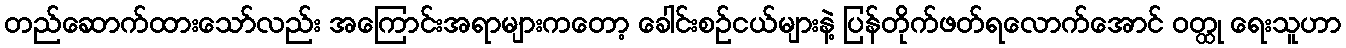
တည်ဆောက်ထားသော်လည်း အကြောင်းအရာများကတော့ ခေါင်းစဉ်ငယ်များနဲ့ ပြန်တိုက်ဖတ်ရလောက်အောင် ဝတ္ထု ရေးသူဟာ